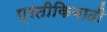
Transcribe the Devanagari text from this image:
प्रतीकिवादी